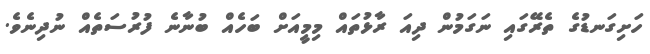
ހަށިގަނޑުގެ ތެރޭގައި ނަގަމުން ދިއަ ރާޅުތައް މިމީއަށް ބަހެއް ބުނާނެ ފުރުސަތެއް ނުދިނެވެ.